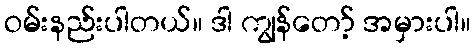
ဝမ်းနည်းပါတယ်။ ဒါ ကျွန်တော့် အမှားပါ။